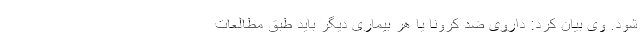
شود. وی بیان کرد: داروی ضد کرونا یا هر بیماری دیگر باید طبق مطالعات